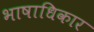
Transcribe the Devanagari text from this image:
भाषाधिकार